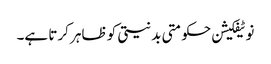
نوٹیفکیشن حکومتی بدنیتی کو ظاہر کرتا ہے۔